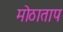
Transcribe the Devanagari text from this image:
मोठाताप